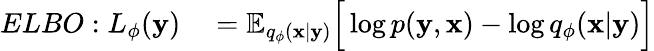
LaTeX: \begin{array}{rl}{ELBO:L_{\phi}(\textbf{y})}&{{}=\mathbb{E}_{q_{\phi}(\textbf{x}|\textbf{y})}\Big[\log p(\textbf{y},\textbf{x})-\log q_{\phi}(\textbf{x}|\textbf{y})\Big]}\end{array}